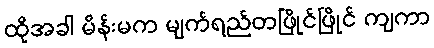
ထိုအခါ မိန်းမက မျက်ရည်တဖြိုင်ဖြိုင် ကျကာ